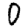
Digit: 0